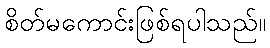
စိတ်မကောင်းဖြစ်ရပါသည်။